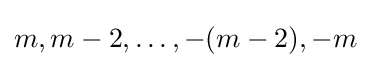
m,m-2,\ldots ,-(m-2),-m